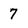
Character: 7